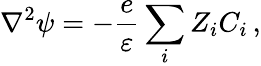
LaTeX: \nabla^{2}\psi=-\frac{e}{\varepsilon}\sum_{i}Z_{i}C_{i}\, ,